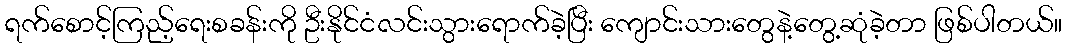
ရက်စောင့်ကြည့်ရေးစခန်းကို ဦးနိုင်ငံလင်းသွားရောက်ခဲ့ပြီး ကျောင်းသားတွေနဲ့တွေ့ဆုံခဲ့တာ ဖြစ်ပါတယ်။